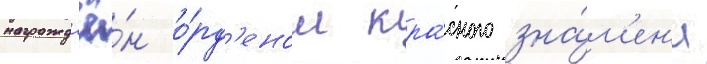
награжд'ё́н о́рд'еном кра́сного зна́м'ен'и